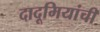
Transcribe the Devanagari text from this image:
दादूमियांची